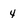
Character: 4